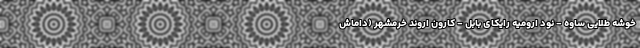
خوشه طلایی ساوه - نود ارومیه رایکای بابل - کارون اروند خرمشهر (داماش